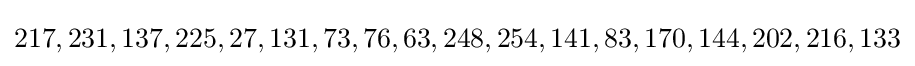
217,231,137,225,27,131,73,76,63,248,254,141,83,170,144,202,216,133